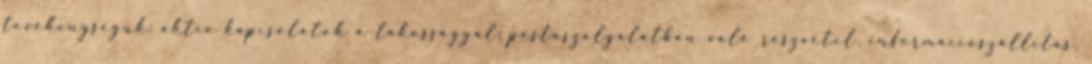
tevékenységük: aktív kapcsolatok a lakossággal: postaszolgálatban való részvétel, információszállítás,